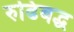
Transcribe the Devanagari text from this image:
रुढिबद्ध